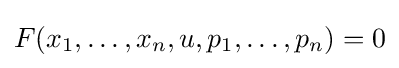
F(x_{1},\dots ,x_{n},u,p_{1},\dots ,p_{n})=0